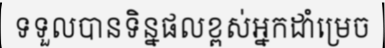
ទទួលបានទិន្នផលខ្ពស់អ្នកដាំម្រេច